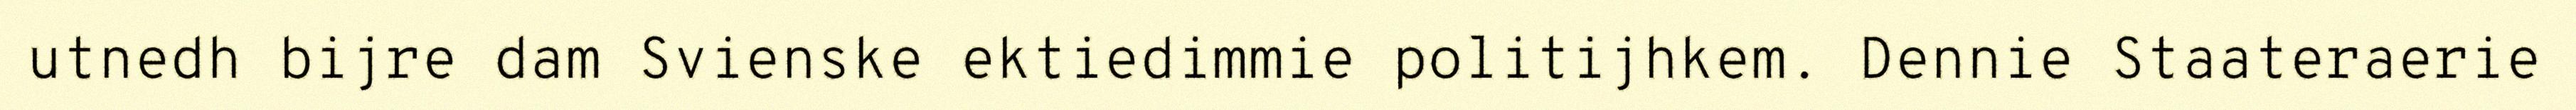
utnedh bijre dam Svienske ektiedimmie politijhkem. Dennie Staateraerie